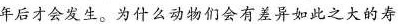
年后才会发生。为么动物们会有差异如此之大的寿